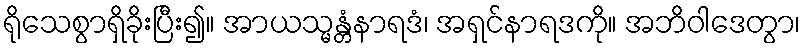
ရိုသေစွာရှိခိုးပြီး၍။ အာယသ္မန္တံနာရဒံ၊ အရှင်နာရဒကို။ အဘိဝါဒေတွာ၊